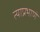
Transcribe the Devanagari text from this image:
त्याप्रभाणें